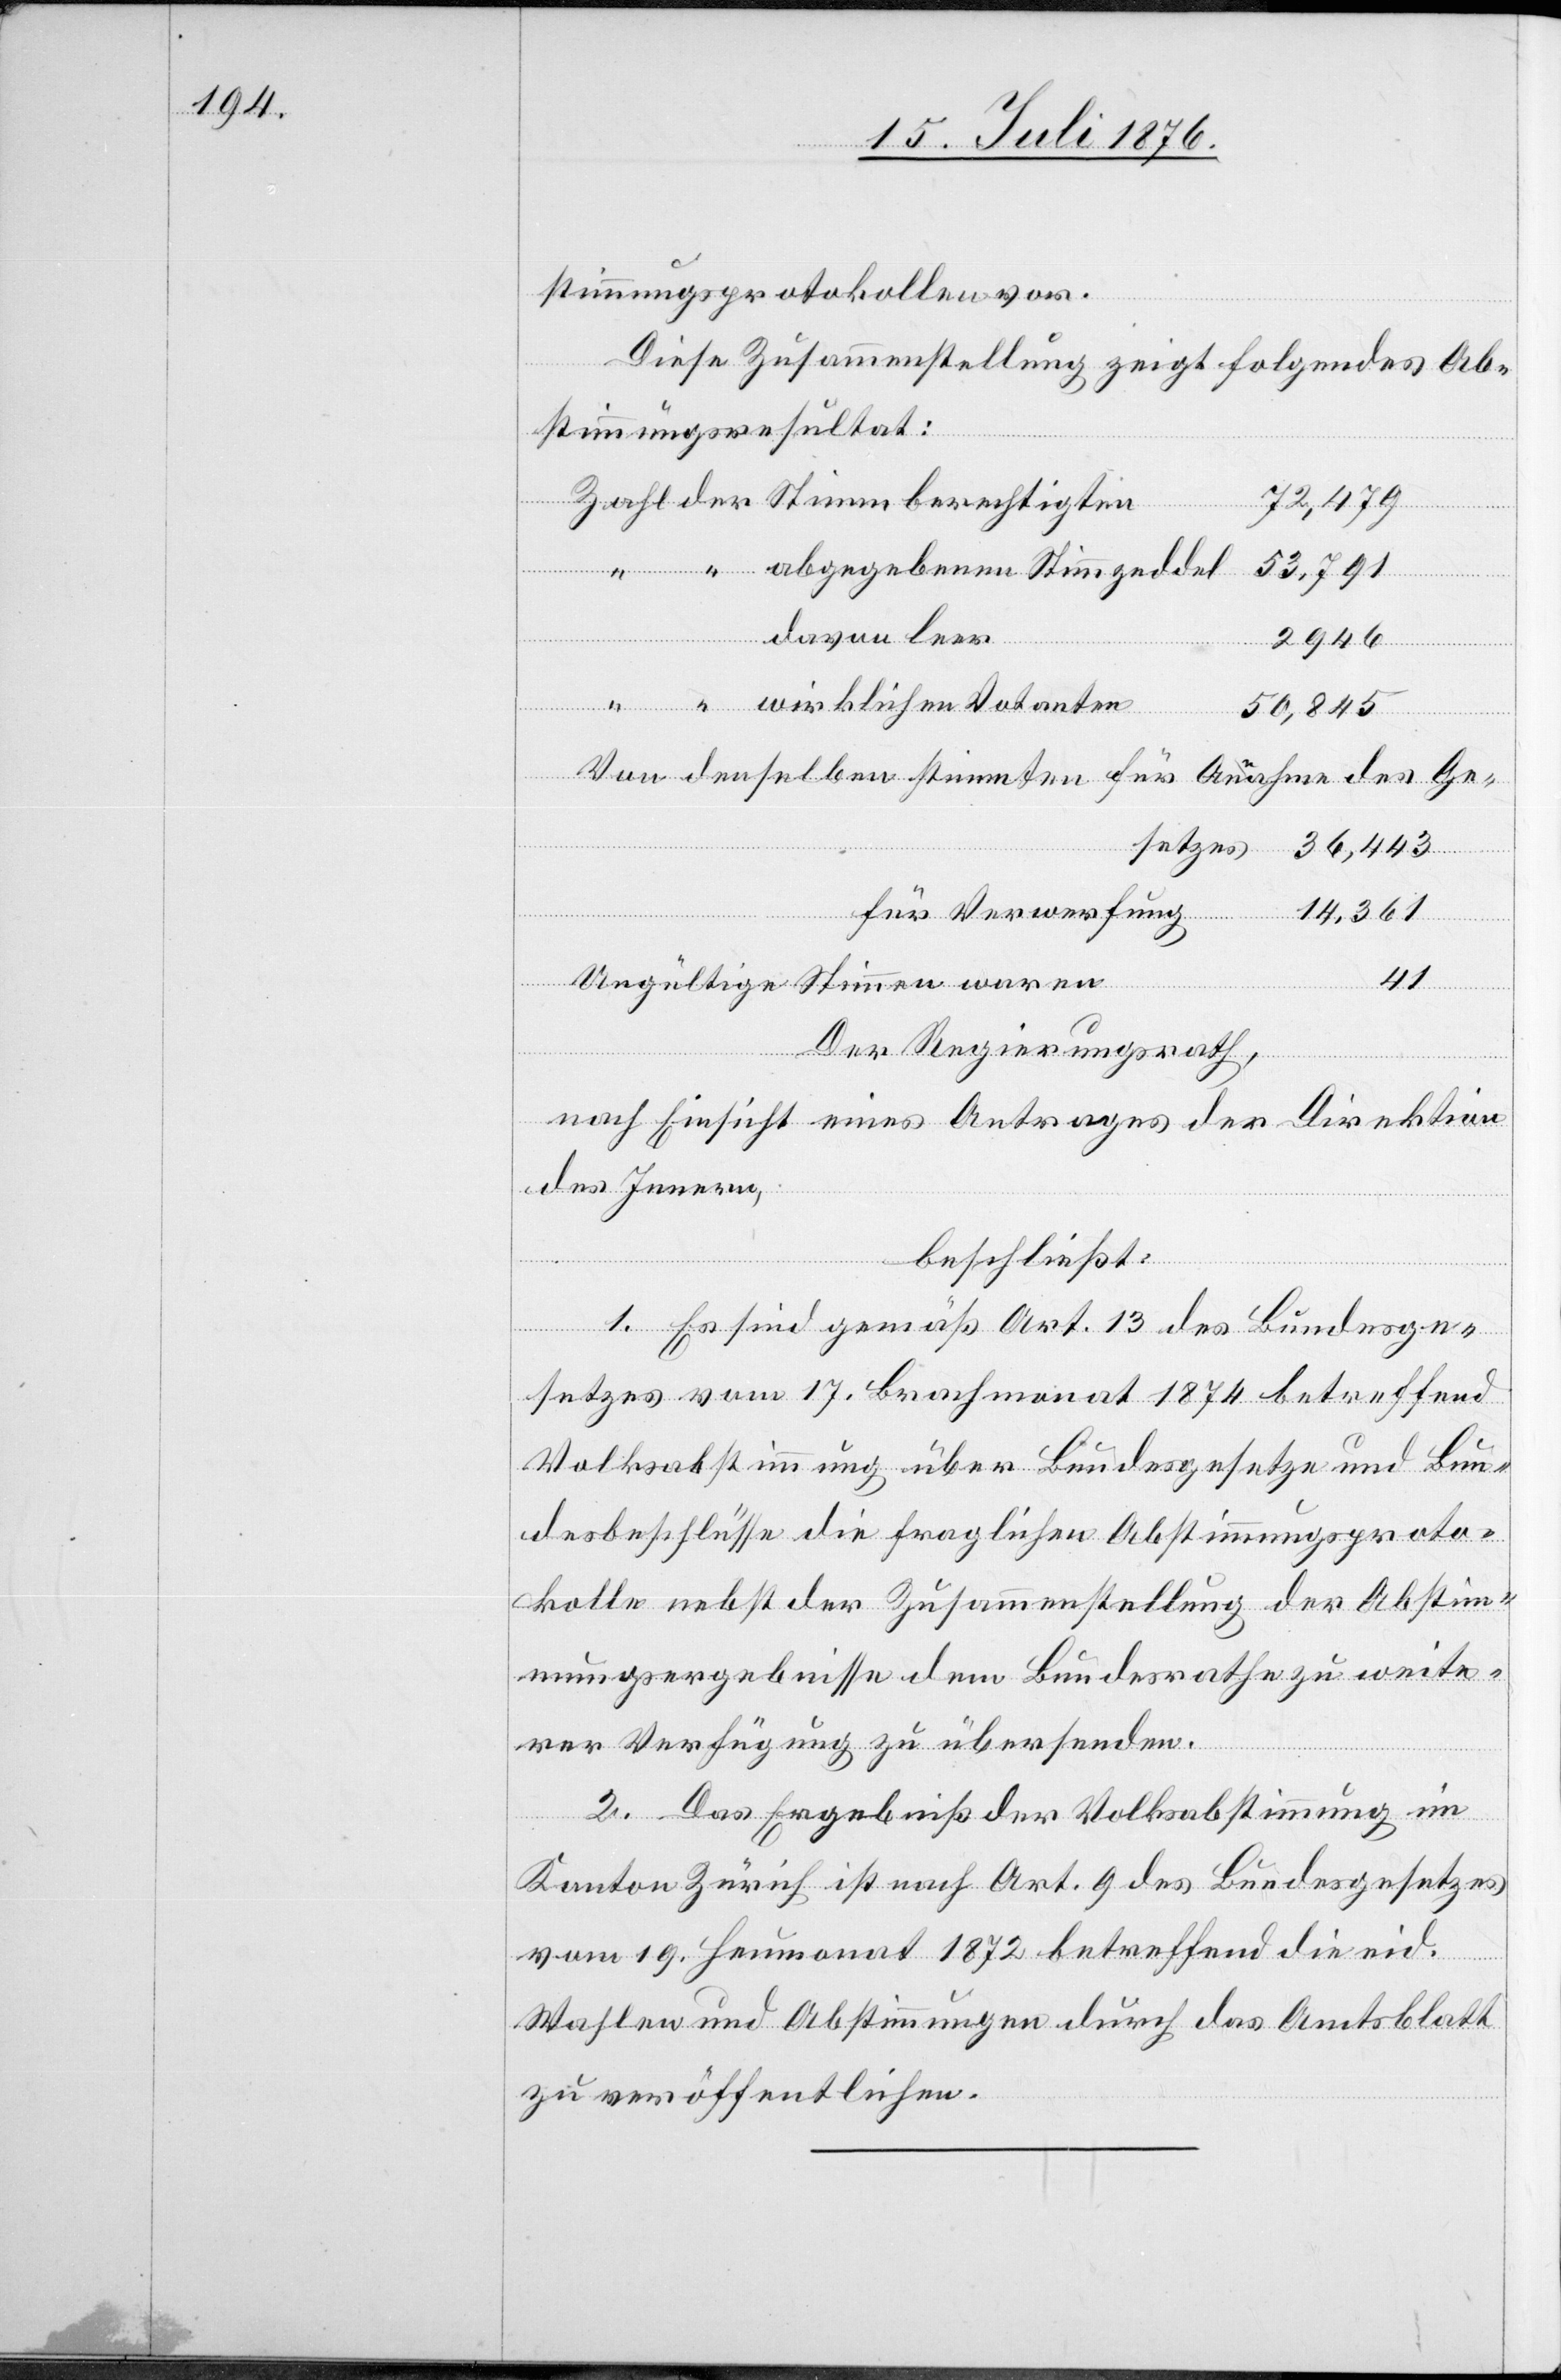
stimmungsprotokollen vor.
Diese Zusammenstellung zeigt folgendes Ab¬
stimmungsresultat:
72,479
davon leer
“
2946
“
wirklichen Votanten
50,845
Von denselben stimmten für Annahme des Ge¬
setzes
36,443
für Verwerfung
14,361
Ungültige Stimmen waren
41
Der Regierungsrath,
nach Einsicht eines Antrages der Direktion
des Innern,
beschließt:
1. Es sind gemäß Art. 13 des Bundesge¬
setzes vom 17. Brachmonat 1874 betreffend
Volksabstimmung über Bundesgesetze und Bun¬
desbeschlüsse die fraglichen Abstimmungsproto¬
kolle nebst der Zusammenstellung der Abstim¬
mungsergebnisse dem Bundesrathe zu weite¬
rer Verfügung zu übersenden.
2. Das Ergebniß der Volksabstimmung im
Kanton Zürich ist nach Art. 9 des Bundesgesetzes
vom 19. Heumonat 1872 betreffend die eid.
Wahlen und Abstimmungen durch das Amtsblatt
zu veröffentlichen.